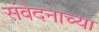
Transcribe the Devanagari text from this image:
संवेदनाच्या